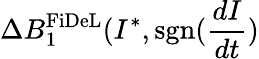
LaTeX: \Delta B_{1}^{\mathrm{FiDeL}}(I^{*},\mathrm{sgn}(\frac{dI}{dt})